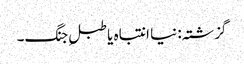
گزشتہ: نیا انتباہ یا طبلِ جنگ۔